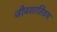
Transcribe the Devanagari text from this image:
जीवशास्त्रिय